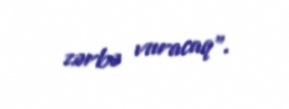
zərbə vuracaq”.